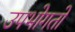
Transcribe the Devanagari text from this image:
उपभोगतो